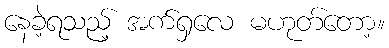
နေခဲ့ရသည့် အက်ရှလေ မဟုတ်တော့။